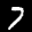
Label: 7